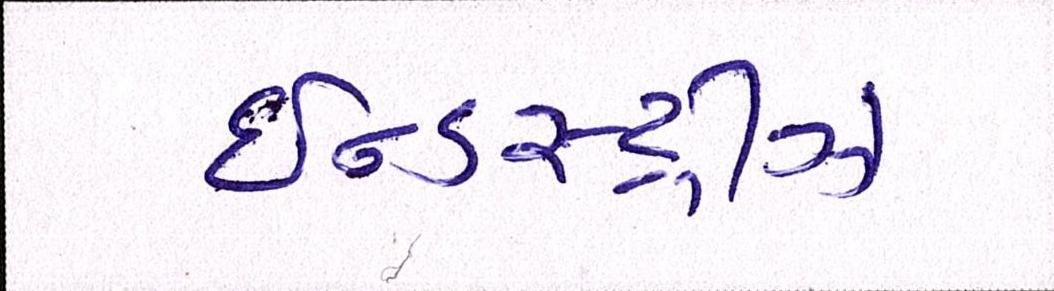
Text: ઈન્ડસ્ટ્રીઝ